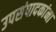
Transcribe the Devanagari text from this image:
उपसंपादकांना